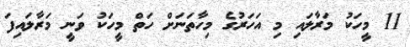
11 މީހަކު މަރާލައި މި އަހަރުގެ މިހާތަނަށް ހަތް މީހަކު ވަނީ މަރާލައިފަ